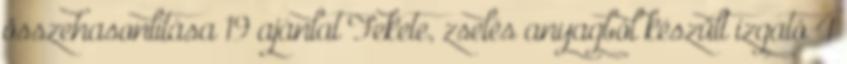
összehasonlítása 19 ajánlat Fekete, zselés anyagból készült izgató 4